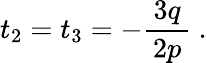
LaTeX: t_{2}=t_{3}=-{\frac{\, 3q\, }{2p}}~.